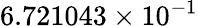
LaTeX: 6.721043\times 10^{-1}